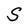
Character: S